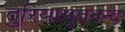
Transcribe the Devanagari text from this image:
तुरियामृतनन्द